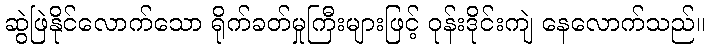
ဆွဲဖြဲနိုင်လောက်သော ရိုက်ခတ်မှုကြီးများဖြင့် ဝုန်းဒိုင်းကျဲ နေလောက်သည်။